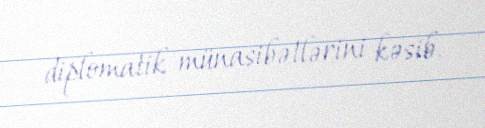
diplomatik münasibətlərini kəsib.